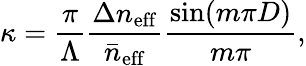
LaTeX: \kappa=\frac{\pi}{\Lambda}\frac{\Delta n_{\mathrm{eff}}}{\bar{n}_{\mathrm{eff}}}\frac{\sin(m\pi D)}{m\pi},